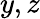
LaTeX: y,z